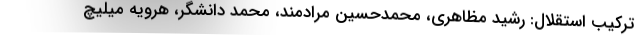
ترکیب استقلال: رشید مظاهری، محمدحسین مرادمند، محمد دانشگر، هرویه میلیچ